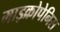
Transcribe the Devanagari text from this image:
माइक्रोपेनिस